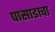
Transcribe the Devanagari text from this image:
पासाडाचा